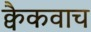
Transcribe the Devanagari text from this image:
क्वैकवाच